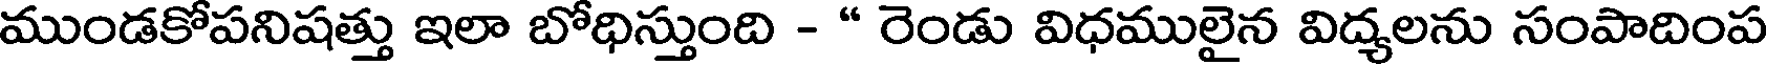
ముండకోపనిషత్తు ఇలా బోధిస్తుంది - " రెండు విధములైన విద్యలను సంపాదింప